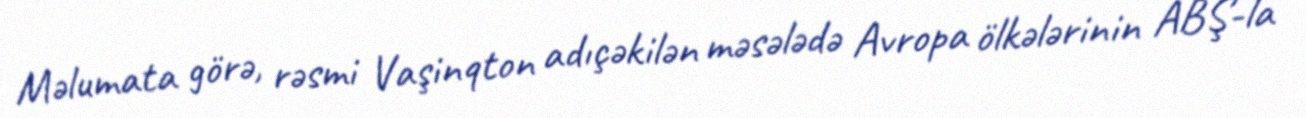
Məlumata görə, rəsmi Vaşinqton adıçəkilən məsələdə Avropa ölkələrinin ABŞ-la